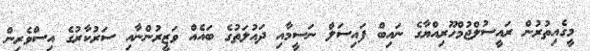
މީގެއިތުރުން ރައީސުލްޖުމްހޫރިއްޔާގެ ނައިބް ފައިސަލް ނަސީމާއި ދައުލަތުގެ ބައެއް ވަޒީރުންނާއި ސަރުކާރުގެ އިސްވެރިން